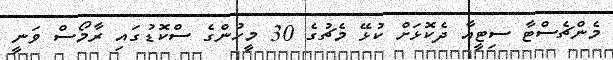
މެންޗެސްޓާ ސިޓީއާ ދެކޮޅަށް ކުޅޭ މެޗުގެ 30 މީހުންގެ ސްކޮޑުގައި ރާމޯސް ވަނީ